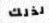
لذلك